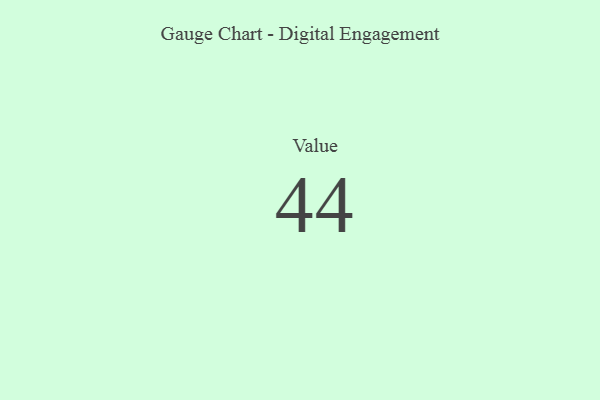
{"axis": {"x": "Metric", "y": "Value"}, "legend": [""], "data": [{"x": "Value", "y": 44, "type": ""}]}